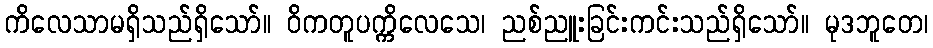
ကိလေသာမရှိသည်ရှိသော်။ ဝိကတူပက္ကိလေသေ၊ ညစ်ညူးခြင်းကင်းသည်ရှိသော်။ မုဒဘူတေ၊